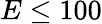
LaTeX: E\le 100